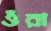
ওঁরা